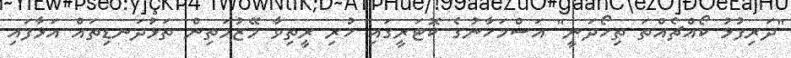
"ދަރިފުޅު ކޯއްޗެއްތަ ތިހޯދަނީ" އަސްމަހާނުގެ ކޮޓަރީގައި ހުރި ރީތިވާ މޭޒުމަތިން ތަޅުދަނޑިތައް އަޅާފައި